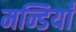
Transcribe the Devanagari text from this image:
मन्डियाँ